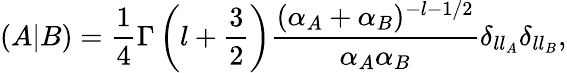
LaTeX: (A|B)=\frac{1}{4}\Gamma\left(l+\frac{3}{2}\right)\frac{(\alpha_{A}+\alpha_{B})^{-l-1/2}}{\alpha_{A}\alpha_{B}}\delta_{ll_{A}}\delta_{ll_{B}},